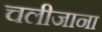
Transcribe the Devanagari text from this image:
चलीजाना